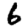
Digit: 6